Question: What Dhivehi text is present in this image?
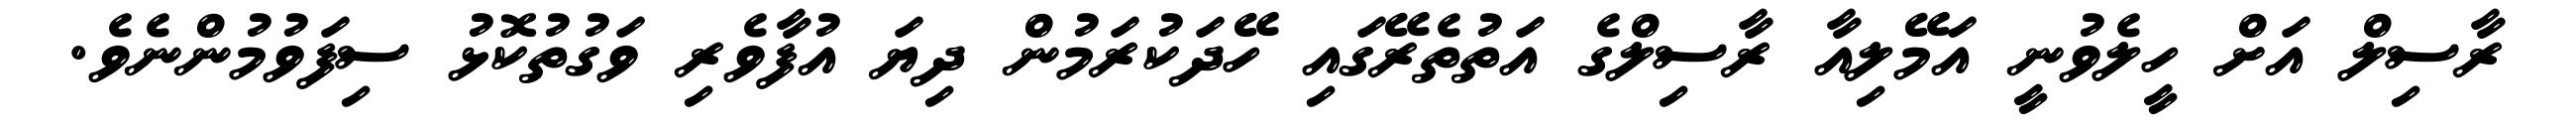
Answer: ރާސިލް އަށް ހީލެވުނީ އަމޭލިއާ ރާސިލްގެ އަތުތެރޭގައި ހޭދަކުރަމުން ދިޔަ އުފާވެރި ވަގުތުކޮޅު ސިފަވުމުންނެވެ.